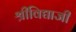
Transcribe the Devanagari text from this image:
श्रीविद्याजी